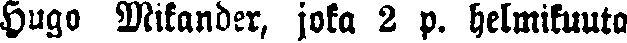
Hugo Wikander, joka 2 p. helmikuuta